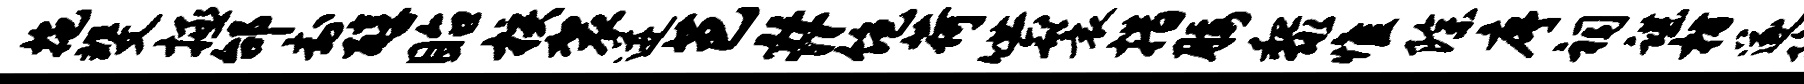
拖斐拯邰封醇眙核袈迸芭#饱荷哄鬟措腰黎惟除序祠谌枋遂隐